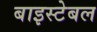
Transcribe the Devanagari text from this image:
बाइस्टेबल